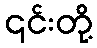
၎င်းတို့